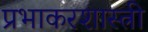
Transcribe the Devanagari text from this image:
प्रभाकरशास्त्री